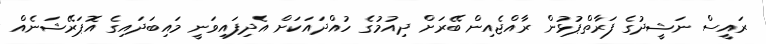
ރައީސް ނަޝީދުގެ ފަރާތްޕުޅުން ރާއްޖެއިން ބޭރަށް ދިއުމުގެ ހުއްދައަކަށް އެދިފައިވަނީ މައިބަދައިގެ އޮޕަރޭޝަނެއް